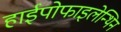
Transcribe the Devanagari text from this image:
हाईपोफाइलेन्थिन